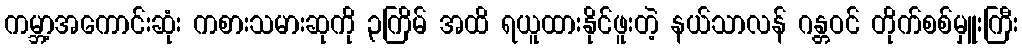
ကမ္ဘာ့အကောင်းဆုံး ကစားသမားဆုကို ၃ကြိမ် အထိ ရယူထားနိုင်ဖူးတဲ့ နယ်သာလန် ဂန္တဝင် တိုက်စစ်မှူးကြီး